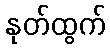
နုတ်ထွက်